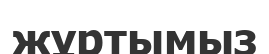
жұртымыз